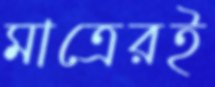
মাত্রেরই